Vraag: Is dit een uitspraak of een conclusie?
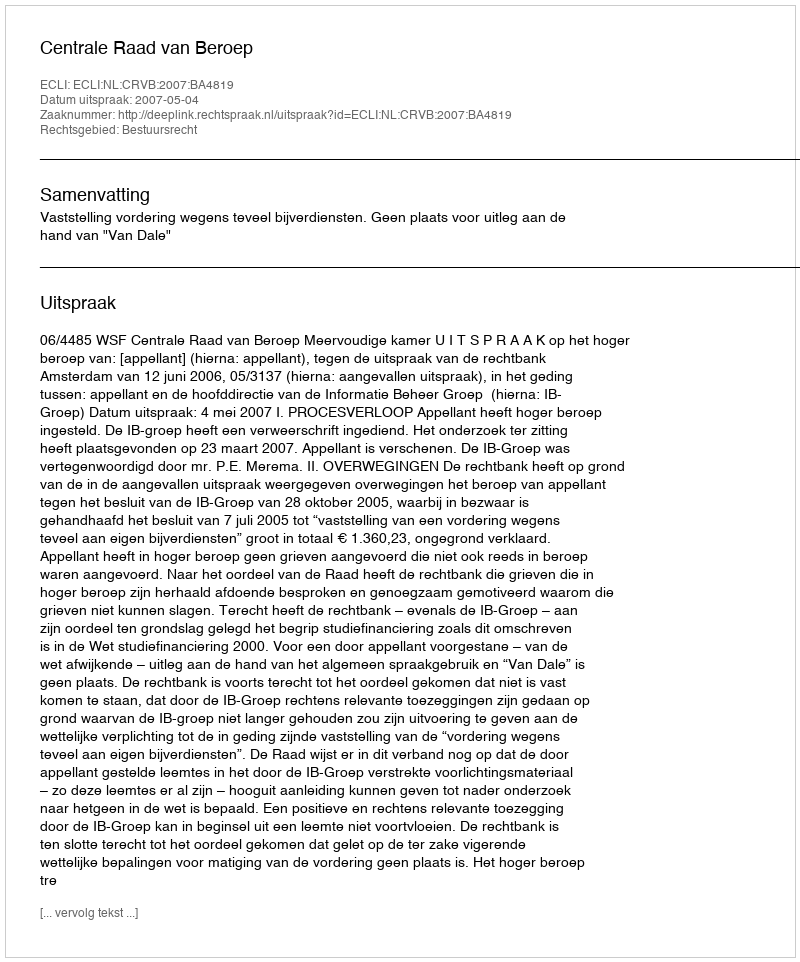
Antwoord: Uitspraak